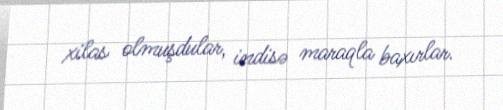
xilas olmuşdular, indisə maraqla baxırlar.